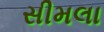
સીમલા